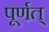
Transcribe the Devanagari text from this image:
पूर्णत्